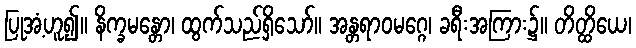
ပြုအံ့ဟူ၍။ နိက္ခမန္တော၊ ထွက်သည်ရှိသော်။ အန္တရာဝမဂ္ဂေ၊ ခရီးအကြား၌။ တိတ္ထိယေ၊